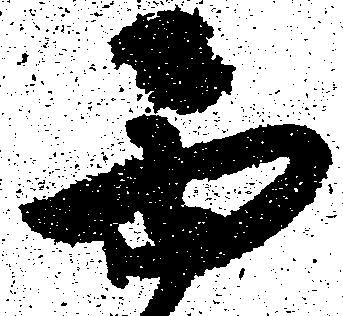
面